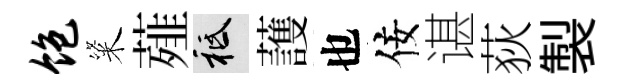
饱粢薤祇䕶也佞谌荻製